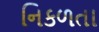
નિકળતા